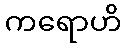
ကရောဟိ